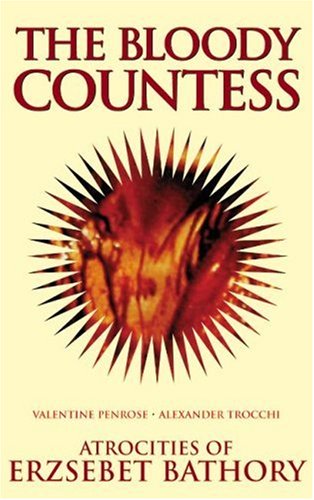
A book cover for The Bloody Countess: The Atrocities of Erzsebet Bathory; Valentine Penrose; Romance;